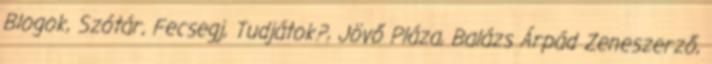
Blogok, Szótár, Fecsegj, Tudjátok?, Jövő Pláza, Balázs Árpád Zeneszerző,